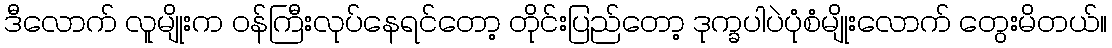
ဒီလောက် လူမျိုးက ဝန်ကြီးလုပ်နေရင်တော့ တိုင်းပြည်တော့ ဒုက္ခပါပဲပုံစံမျိုးလောက် တွေးမိတယ်။